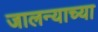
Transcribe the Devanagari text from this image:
जालन्याच्या